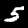
Digit: 5